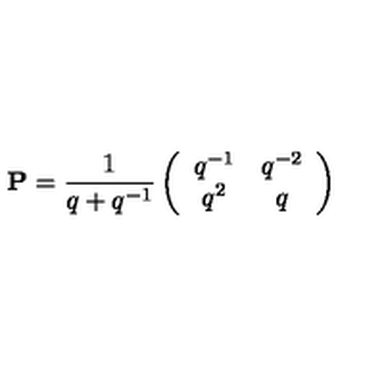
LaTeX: { \bf P } = \frac { 1 } { q + q ^ { - 1 } } \left( \begin{array} { c c } { q ^ { - 1 } } & { q ^ { - 2 } } \\ { q ^ { 2 } } & { q } \\ \end{array} \right)